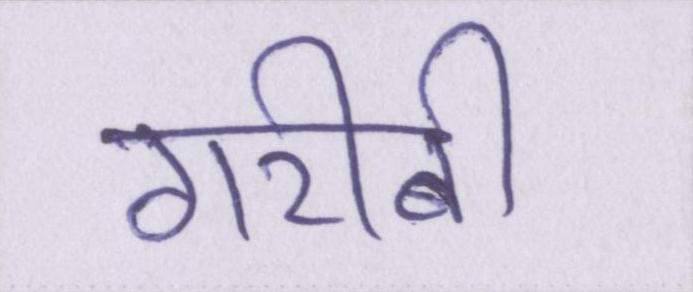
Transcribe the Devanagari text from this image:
गरीबी